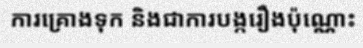
ការគ្រោងទុក និងជាការបង្ករឿងប៉ុណ្ណោះ